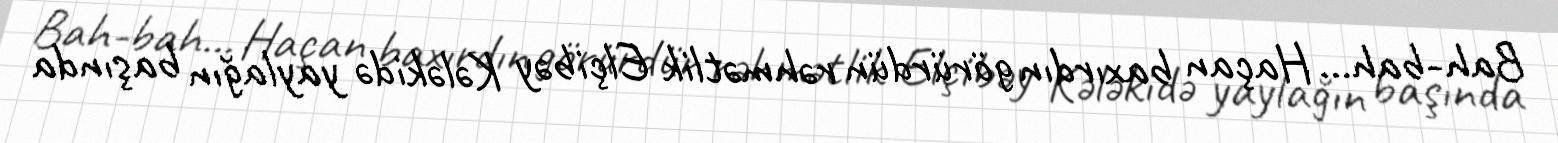
Bah-bah... Haçan baxırdın görürdün rəhmətlik Elçibəy Kələkidə yaylağın başında